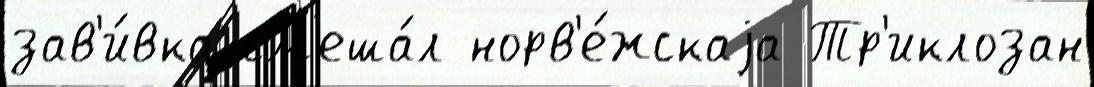
зав'и́вка см'еша́л норв'е́жскаjа Тр'иклозан